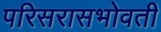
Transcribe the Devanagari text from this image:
परिसरासभोवती